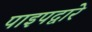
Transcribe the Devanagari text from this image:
पाइपद्वारे